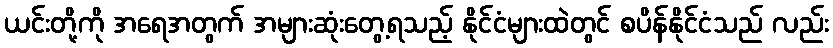
ယင်းတို့ကို အရေအတွက် အများဆုံးတွေ့ရသည့် နိုင်ငံများထဲတွင် စပိန်နိုင်ငံသည် လည်း